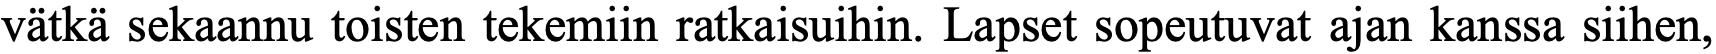
vätkä sekaannu toisten tekemiin ratkaisuihin. Lapset sopeutuvat ajan kanssa siihen,